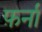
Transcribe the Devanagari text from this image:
फ़र्नां